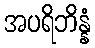
အပရိဘိန္နံ